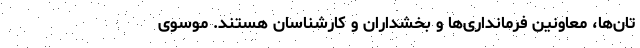
تان‌ها، معاونین فرمانداری‌ها و بخشداران و کارشناسان هستند. موسوی